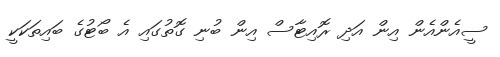
ސީއެންއެން އިން އަދި ރޮއިޓާސް އިން ބުނި ގޮތުގައި އެ ބޯޓުގެ ބައިތަކަކީ